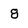
Character: 8